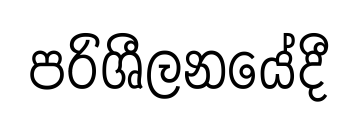
පරිශීලනයේදී